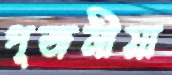
পূজনীয়া